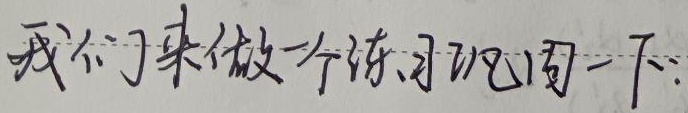
我们来做一个练习吧问一下：